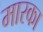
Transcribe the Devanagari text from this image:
मारका